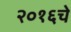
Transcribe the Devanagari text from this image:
२०१६चे